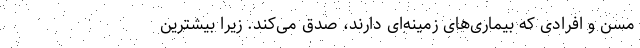
مسن و افرادی که بیماری‌های زمینه‌ای دارند، صدق می‌کند. زیرا بیشترین